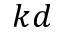
k d